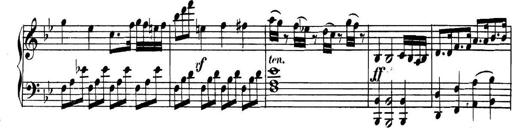
Title: Collected Piano Sonatas
Composer: Muzio Clementi